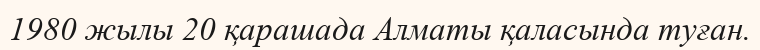
1980 жылы 20 қарашада Алматы қаласында туған.